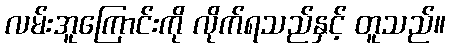
လမ်းအူကြောင်းကို လိုက်ရသည်နှင့် တူသည်။